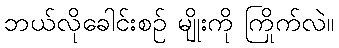
ဘယ်လိုခေါင်းစဉ် မျိုးကို ကြိုက်လဲ။